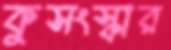
কুসংস্কার